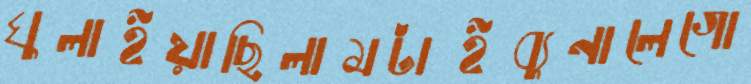
ঘুলাইয়াছিলামটাইব্যুনালেগো